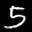
Label: 5